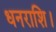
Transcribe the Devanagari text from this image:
धनराशि।